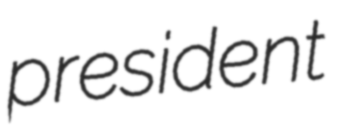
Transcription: president